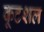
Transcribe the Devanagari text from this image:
कूटशल